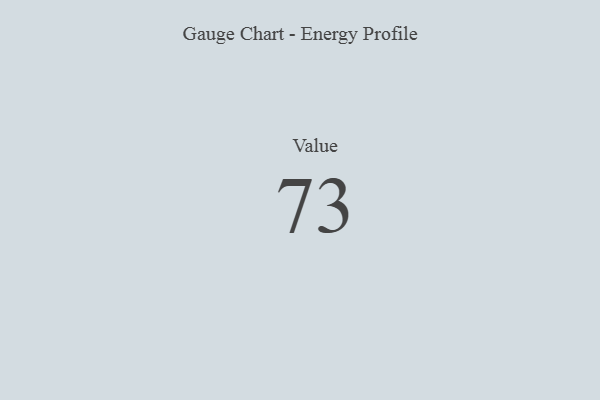
{"axis": {"x": "Metric", "y": "Value"}, "legend": [""], "data": [{"x": "Value", "y": 73, "type": ""}]}